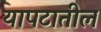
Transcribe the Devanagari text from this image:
यापटातील